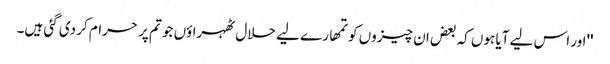
''اور اس لیے آیا ہوں کہ بعض ان چیزوں کو تمھارے لیے حلال ٹھہراؤں جو تم پر حرام کر دی گئی ہیں۔